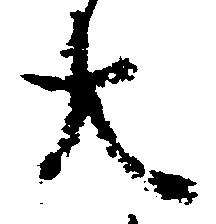
大